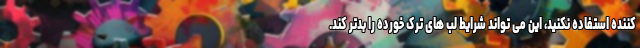
کننده استفاده نکنید، این می تواند شرایط لب های ترک خورده را بدتر کند.